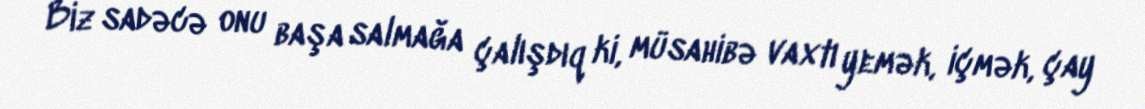
Biz sadəcə onu başa salmağa çalışdıq ki, müsahibə vaxtı yemək, içmək, çay